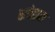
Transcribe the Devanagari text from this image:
सत्तेद्वारा